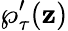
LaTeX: \wp_{\tau}^{\prime}(\mathbf{z})